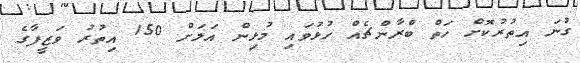
ގުނަ އިތުރުކޮށް ހަތް ބްރާންޗެއް ހުޅުވައި މުޅިން އަލަށް 150 އިތުރު ވަޒީފާގެ